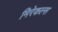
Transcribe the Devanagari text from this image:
मिरेकल्स